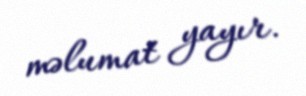
məlumat yayır.